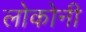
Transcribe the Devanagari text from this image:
लोकोनी